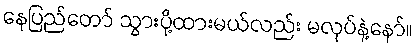
နေပြည်တော် သွားပို့ထားမယ်လည်း မလုပ်နဲ့နော်။